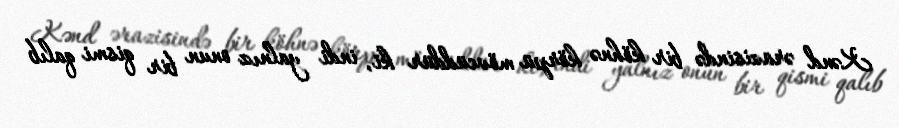
Kənd ərazisində bir köhnə körpü mövcüddür ki, indi yalnız onun bir qismi qalıb